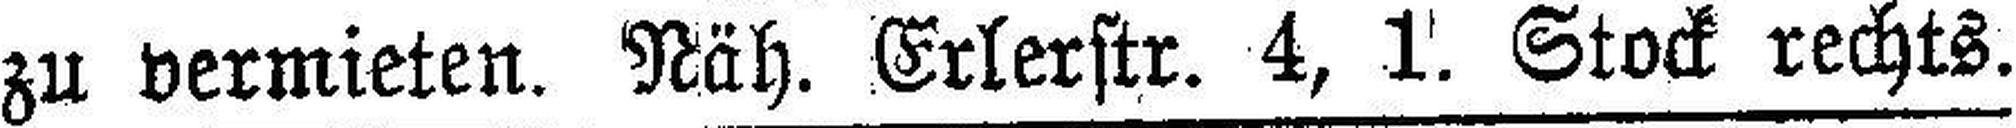
zu vermieten. Näh. Erlerstr. 4, 1. Stock rechts.